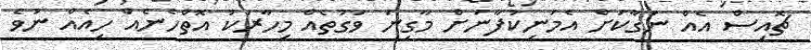
ޗޮއިސް އެއް ނަގާކަށް އެމަނިކުފާނަށް މާގިނަ ވަގުތެއް މިހާރަކު އޮތްހެނެއް ހިއެއް ނުވެ